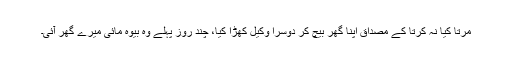
مرتا کیا نہ کرتا کے مصداق اپنا گھر بیچ کر دوسرا وکیل کھڑا کیا، چند روز پہلے وہ بیوہ مائی میرے گھر آئی۔